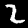
Label: 2